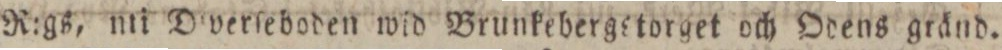
R:gs, nti Diverſeboden wid Brunkebergstorget och Odens gränd.